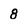
Character: 8